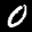
Label: 0